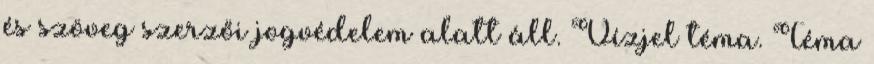
és szöveg szerzői jogvédelem alatt áll. Vízjel téma. Téma